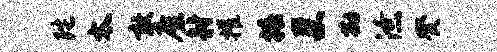
陀太敢廑射摧椿巢勘潦癸